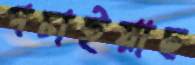
পচাইয়াছ